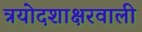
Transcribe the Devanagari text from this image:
त्रयोदशाक्षरवाली